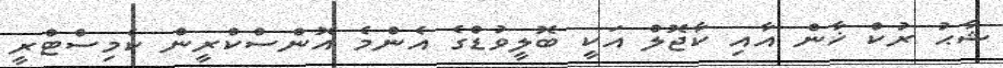
ޝާޙު ރުކް ޚާން އާއި ކާޖޮލް އަކީ ބޮލީވުޑްގެ އެންމެ އޮންސްކްރީން ކެމިސްޓްރީ